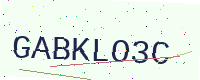
Text: GABKLO3C